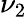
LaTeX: \nu_{2}